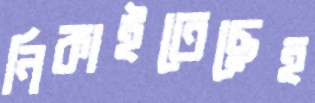
নিকাইতেছেহ